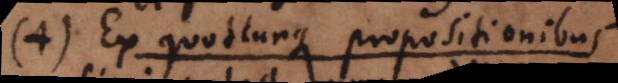
5) Ex quacunque propositione